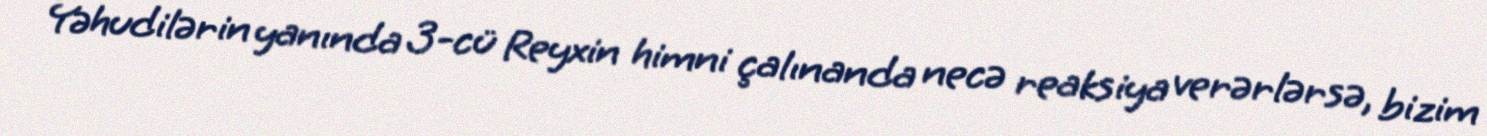
Yəhudilərin yanında 3-cü Reyxin himni çalınanda necə reaksiya verərlərsə, bizim